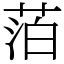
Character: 萡